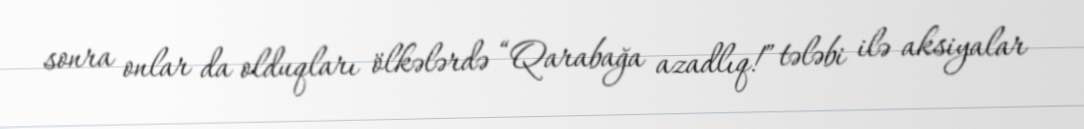
sonra onlar da olduqları ölkələrdə “Qarabağa azadlıq!” tələbi ilə aksiyalar